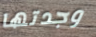
وجدتها